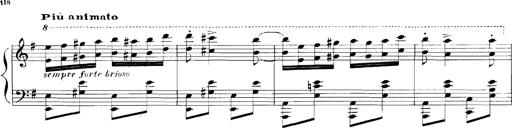
Title: Rhapsodies hongroises
Composer: Franz Liszt